Provision of milk for school children, 1934
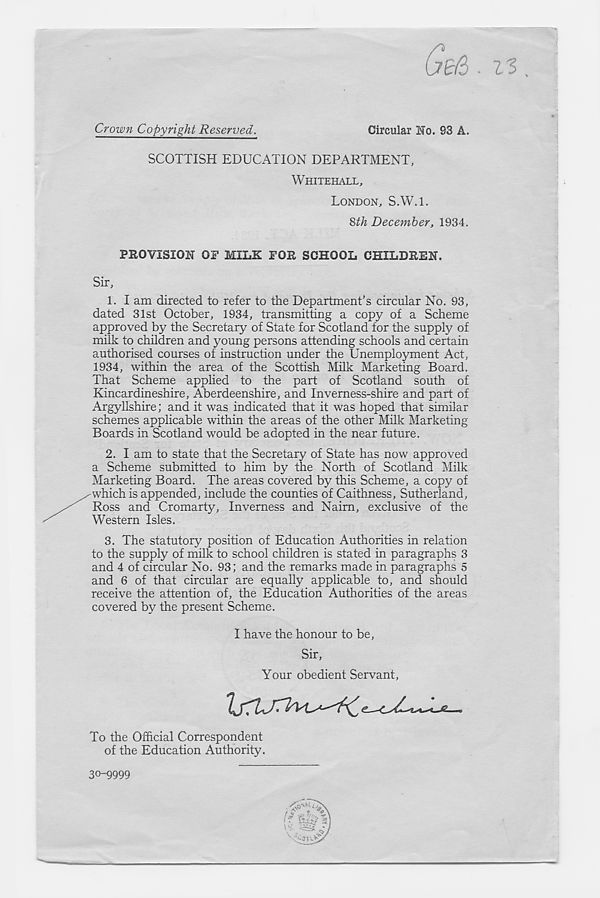
Crown Copyright Reserved.
Circular Ho. S3 A.
SCOTTISH EDUCATION DEPARTMENT,
WHITEHALL,
LONDON, S.W.l.
%th December, 1934.
PROVISION OF MILK FOR SCHOOL CHILDREN.
Sir,
1. I am directed to refer to the Department’s circular No. 93,
dated 31st October, 1934, transmitting a copy of a Scheme
approved by the Secretary of State for Scotland for the supply of
milk to children and young persons attending schools and certain
authorised courses of instruction under the Unemployment Act,
1934, within the area of the Scottish Milk Marketing Board.
That Scheme applied to the part of Scotland south of
Kincardineshire, Aberdeenshire, and Inverness-shire and part of
Argyllshire; and it was indicated that it was hoped that similar
schemes applicable within the areas of the other Milk Marketing
Boards in Scotland would be adopted in the near future.
2. I am to state that the Secretary of State has now approved
a Scheme submitted to him by the North of Scotland Milk
Marketing Board. The areas covered by this Scheme, a copy of
which is appended, include the counties of Caithness, Sutherland,
Ross and Cromarty, Inverness and Nairn, exclusive of the
Western Isles.
3. The statutory position of Education Authorities in relation
to the supply of milk to school children is stated in paragraphs 3
and 4 of circular No. 93; and the remarks made in paragraphs 5
and 6 of that circular are equally applicable to, and should
receive the attention of, the Education Authorities of the areas
covered by the present Scheme.
I have the honour to be,
Sir,
Your obedient Servant,
To the Official Correspondent
of the Education Authority.
30-9999